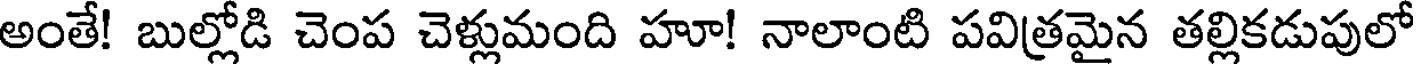
అంతే! బుల్లోడి చెంప చెళ్లుమంది హూ! నాలాంటి పవిత్రమైన తల్లికడుపులో